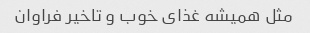
مثل همیشه غذای خوب و تاخیر فراوان